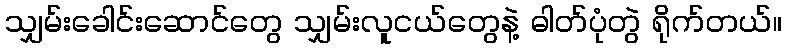
သျှမ်းခေါင်းဆောင်တွေ သျှမ်းလူငယ်တွေနဲ့ ဓါတ်ပုံတွဲ ရိုက်တယ်။